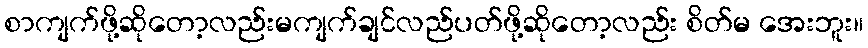
စာကျက်ဖို့ဆိုတော့လည်းမကျက်ချင်လည်ပတ်ဖို့ဆိုတော့လည်း စိတ်မ အေးဘူး။